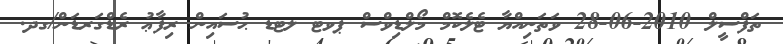
ތަފްސީލް 2010-06-28 ވަތަނިއްޔާ ޓެލެކޮމް މޯލްޑިވްސް ޕވޓ ލޓޑ ޙުސައިން ރިފާޢު ރެޑްގަރޑަން/ގދ.